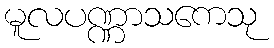
မူလပဏ္ဏာသကေသု